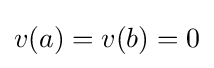
v(a)=v(b)=0